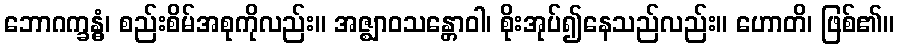
ဘောဂက္ခန္ဓံ၊ စည်းစိမ်အစုကိုလည်း။ အဇ္ဈာဝသန္တောဝါ၊ စိုးအုပ်၍နေသည်လည်း။ ဟောတိ၊ ဖြစ်၏။